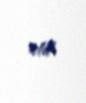
etdi.